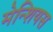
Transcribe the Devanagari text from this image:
मेन्शियस